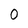
Character: 0